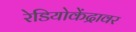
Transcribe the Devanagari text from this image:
रेडियोकेंद्रावर